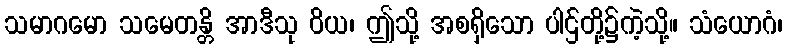
သမာဂမော သမေတန္တိ အာဒီသု ဝိယ၊ ဤသို့ အစရှိသော ပါဌ်တို့၌ကဲ့သို့။ သံယောဂံ၊